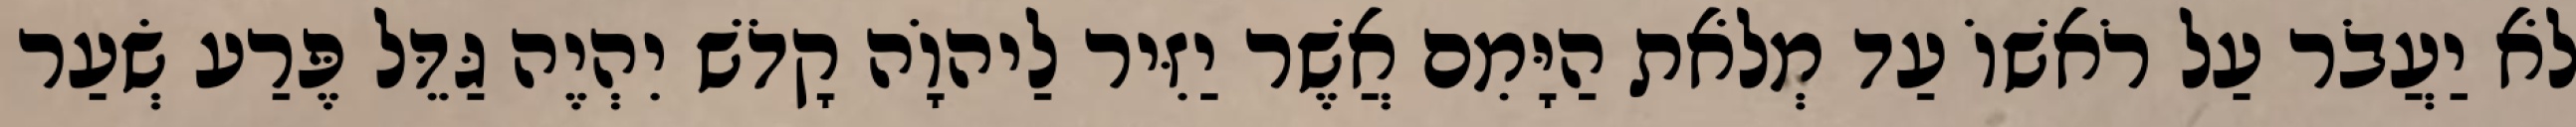
לֹא יַעֲבֹר עַל רֹאשׁוֹ עַד מְלֹאת הַיָּמִם אֲשֶׁר יַזִּיר לַיהוָֹה קָדֹשׁ יִהְיֶה גַּדֵּל פֶּרַע שְׂעַר